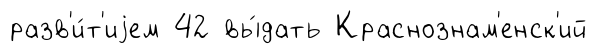
разв'и́т'иjем 42 вы́дать Краснознам'енск'ий